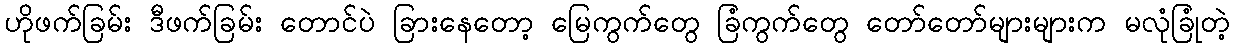
ဟိုဖက်ခြမ်း ဒီဖက်ခြမ်း တောင်ပဲ ခြားနေတော့ မြေကွက်တွေ ခြံကွက်တွေ တော်တော်များများက မလုံခြုံတဲ့